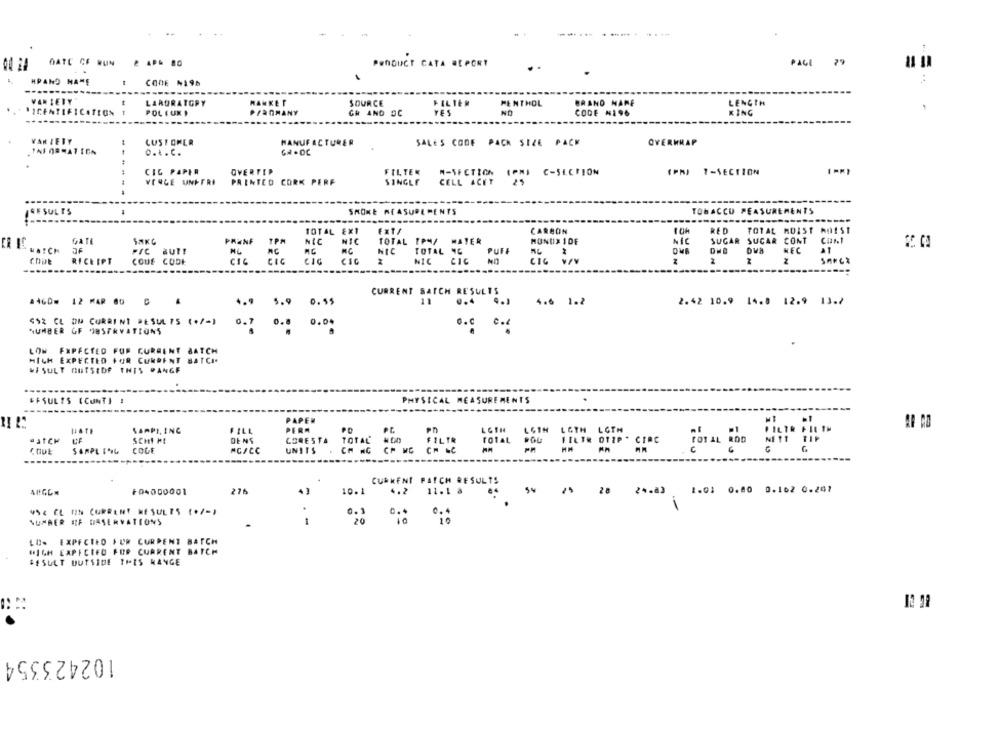
--...
OATC CF RUN
PRODUCT CATA REPORT
PAGE 79
HPAND NATE
COME N195
VARIETY"
LABORATORY
SOURCE
FILTER
MENTHOL
LENGTH
MANKET
BRAND NAME
*ICENTIFICATION
POL FUXI
P/AnMANY
GR AND OC
YES
NO
CODE #196
KING
VAN IETY
CUSTOMER
MANUFACTURER
SALES CODE PACK SIZE PACK
OVERHRAP
o ... C.
GR .DC
CIG PAPER
OVERTIP
FILTER
M-SECTION IPNI C-SECTION
(PM) 7-SECTION
VERGE UNDFRI
PRINTED CORK PERF
SINGLE
CELL ACET
---
RESULTS
SMOKE MEASUREMENTS
TOBACCO PEASUREMENTS
---
TOTAL EXI
Fx1/
CARBON
RED
TOTAL MOIST AOIST
GATE
SAKC
PRENF
TPM
NIC
NIC
TOTAL TPM/
MATER
MONDIX 1DF
NIC
SUGAR SUCAR CONT
WATCH
TOTAL C
PIC
NL
NIC
PUFF
NEC
CODE
RECEIPT
COUE
CODE
CIC
CIC
CIG
CIC
NIC
CIC
CIG VIV
CURRENT SATCH RESULTS
.460# 12 MAR @0 6
4.9
5.9
0.55
11
0.4
4.1
4.6 1.2
2.42 10.9 14.8 12.9 13.7
"92 CL OM CURRENT RESULTS (+/-)
0.7
0.04
0.8
0.º c.
NUMBER OF OBSERVATIONS
LOW FXPECTED FOR CURRENT BATCH
MICH EXPECTED FOR CURRENT BATCH
&#SULT OUTSIDE THIS PANGE
FFSULTS (CUNTI !
PHYSICAL MEASUREMENTS
.
PAPER
HATE
SAPPI, INC
FILL
PERA
PD
LGIN LOTH LOTH LOTH
SCHI FL
DENS
CORESTA
TOTAL
FILTR
TOTAL POU
FILTR OTIP - CINE
SAMPLING
COGE
UNITS
MM
CURRENT PATCH RESULTS
276
10.1
4.2
11.1 &
54
ARGON
+04000001
t 28 24.23 1.03 0.80 0.162 0.201
VSC CL IN CURRENT RESULTS (+/-)
0.4
0.3
10
NUMBER OF ORSERVATIONS
LO- EXPECTED FUR CURPENT BATCH
HIGH EXPECTED FOR CURRENT BATCH
&#SULT OUTSIDE THIS WANGE
102423354